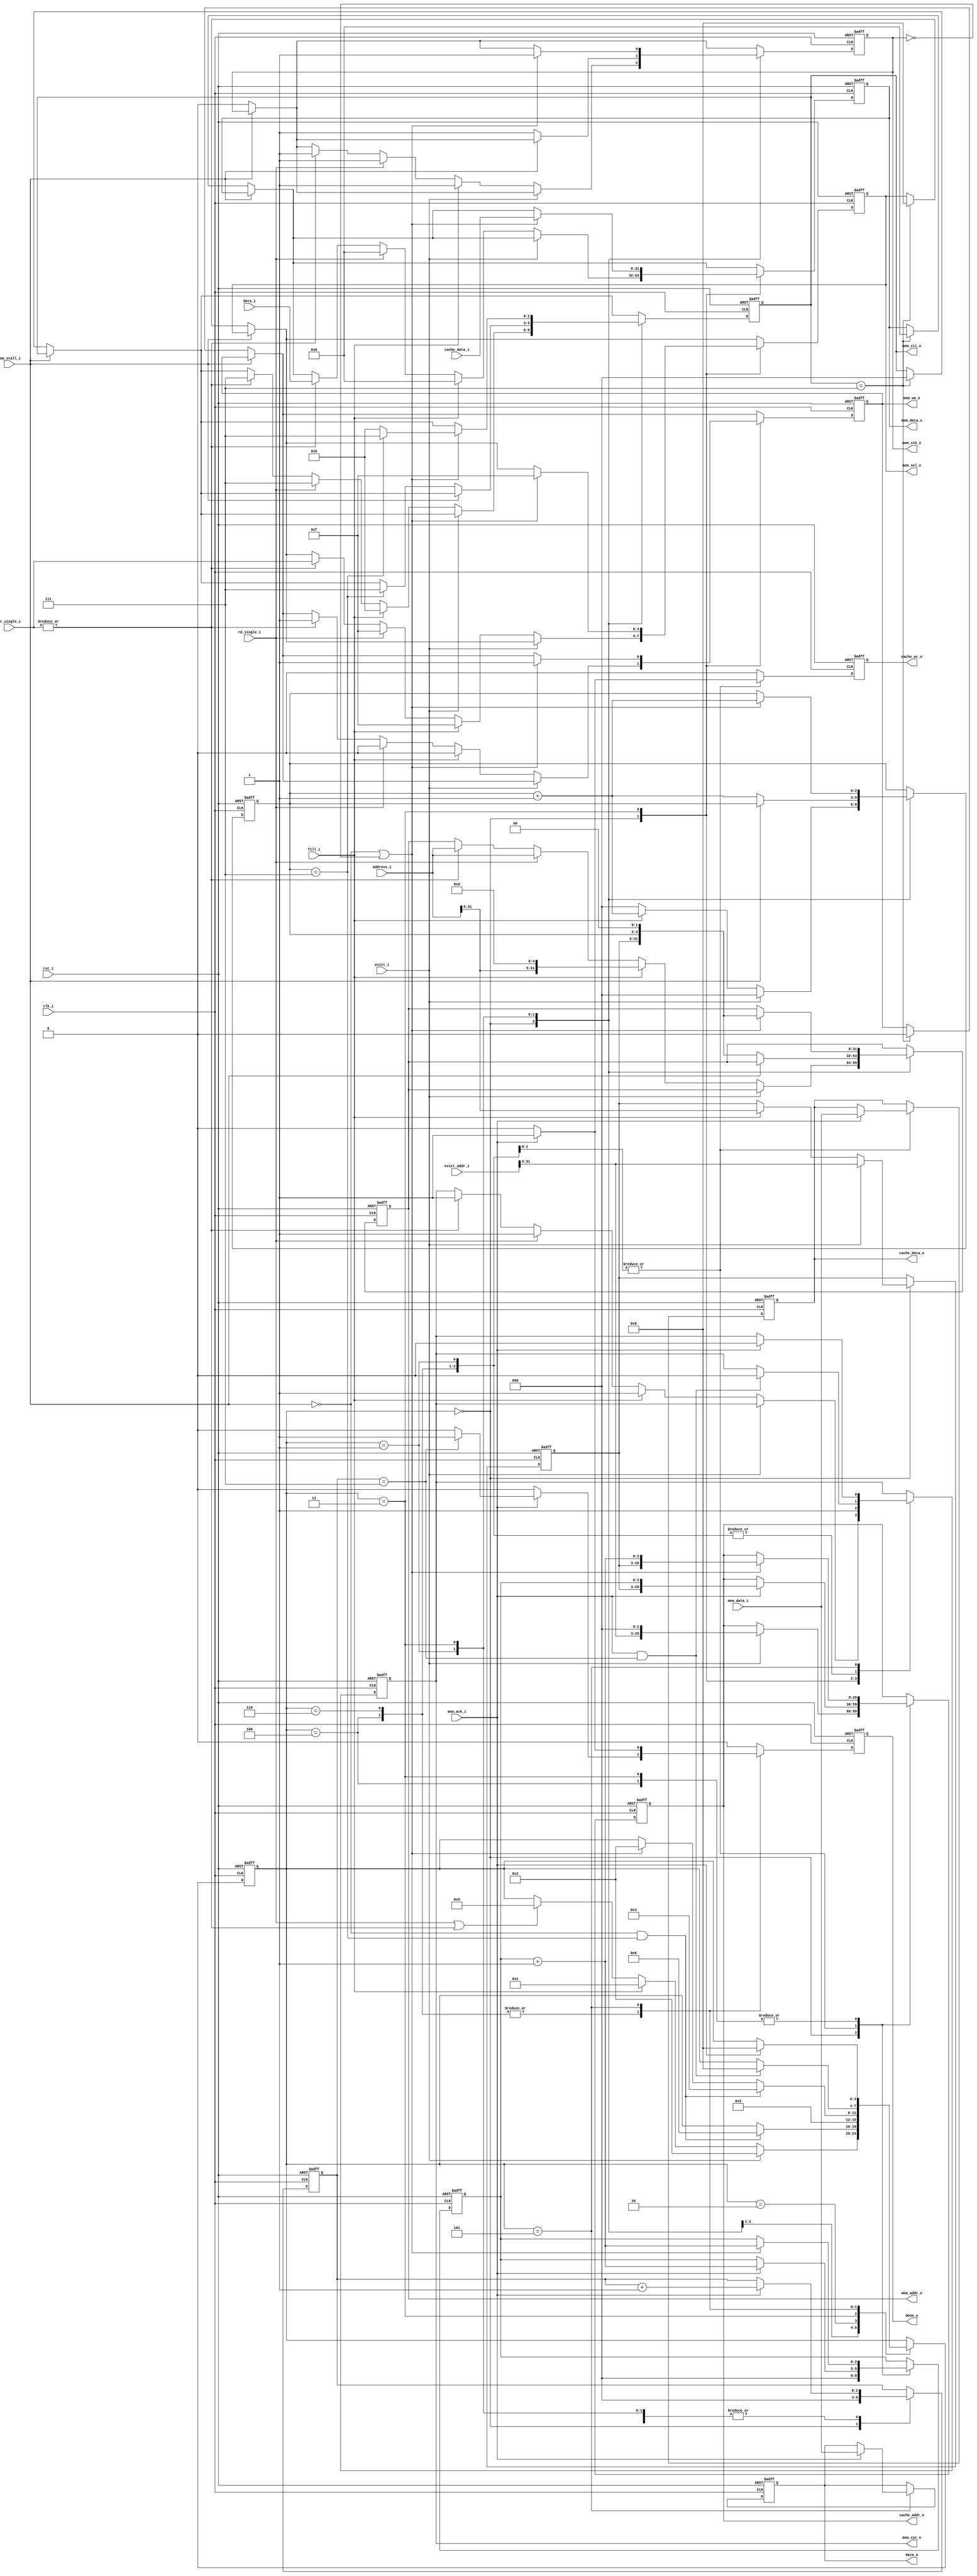
//-----------------------------------------------------------------
//                           AltOR32 
//                Alternative Lightweight OpenRisc 
//                            V2.1
//                     Ultra-Embedded.com
//                   Copyright 2011 - 2014
//
//
//                       License: LGPL
//-----------------------------------------------------------------
//
// Copyright (C) 2011 - 2014 Ultra-Embedded.com
//
// This source file may be used and distributed without         
// restriction provided that this copyright statement is not    
// removed from the file and that any derivative work contains  
// the original copyright notice and the associated disclaimer. 
//
// This source file is free software; you can redistribute it   
// and/or modify it under the terms of the GNU Lesser General   
// Public License as published by the Free Software Foundation; 
// either version 2.1 of the License, or (at your option) any   
// later version.
//
// This source is distributed in the hope that it will be       
// useful, but WITHOUT ANY WARRANTY; without even the implied   
// warranty of MERCHANTABILITY or FITNESS FOR A PARTICULAR      
// PURPOSE.  See the GNU Lesser General Public License for more 
// details.
//
// You should have received a copy of the GNU Lesser General    
// Public License along with this source; if not, write to the 
// Free Software Foundation, Inc., 59 Temple Place, Suite 330, 
// Boston, MA  02111-1307  USA
//-----------------------------------------------------------------

//-----------------------------------------------------------------
// Module - Data Cache Memory Interface
//-----------------------------------------------------------------
module altor32_dcache_mem_if
( 
    input               clk_i /*verilator public*/, 
    input               rst_i /*verilator public*/, 
    
    // Cache interface
    input [31:0]        address_i /*verilator public*/,
    input [31:0]        data_i /*verilator public*/,
    output reg [31:0]   data_o /*verilator public*/,
    input               fill_i /*verilator public*/,
    input               evict_i /*verilator public*/,
    input  [31:0]       evict_addr_i /*verilator public*/,
    input               rd_single_i /*verilator public*/,
    input [3:0]         wr_single_i /*verilator public*/,
    output reg          done_o /*verilator public*/,

    // Cache memory (fill/evict)
    output reg [31:2]   cache_addr_o /*verilator public*/,
    output reg [31:0]   cache_data_o /*verilator public*/,
    input      [31:0]   cache_data_i /*verilator public*/,
    output reg          cache_wr_o /*verilator public*/,
    
    // Memory interface (slave)
    output reg [31:0]   mem_addr_o /*verilator public*/,
    input [31:0]        mem_data_i /*verilator public*/,
    output reg [31:0]   mem_data_o /*verilator public*/,
    output reg [2:0]    mem_cti_o /*verilator public*/,
    output reg          mem_cyc_o /*verilator public*/,
    output reg          mem_stb_o /*verilator public*/,
    output reg          mem_we_o /*verilator public*/,
    output reg [3:0]    mem_sel_o /*verilator public*/,
    input               mem_stall_i/*verilator public*/,
    input               mem_ack_i/*verilator public*/ 
);

//-----------------------------------------------------------------
// Params
//-----------------------------------------------------------------
parameter CACHE_LINE_SIZE_WIDTH     = 5;                         /* 5-bits -> 32 entries */
parameter CACHE_LINE_WORDS_IDX_MAX  = CACHE_LINE_SIZE_WIDTH - 2; /* 3-bit -> 8 words */

//-----------------------------------------------------------------
// Registers / Wires
//-----------------------------------------------------------------

reg [31:CACHE_LINE_SIZE_WIDTH]  line_address;

reg [CACHE_LINE_WORDS_IDX_MAX-1:0] response_idx;

reg [CACHE_LINE_WORDS_IDX_MAX-1:0]  request_idx;
wire [CACHE_LINE_WORDS_IDX_MAX-1:0] next_request_idx = request_idx + 1'b1;

reg [CACHE_LINE_WORDS_IDX_MAX-1:0]  cache_idx;
wire [CACHE_LINE_WORDS_IDX_MAX-1:0] next_cache_idx = cache_idx + 1'b1;


// Current state
parameter STATE_IDLE        = 0;
parameter STATE_FETCH       = 1;
parameter STATE_WRITE_SETUP = 2;
parameter STATE_WRITE       = 3;
parameter STATE_WRITE_WAIT  = 4;
parameter STATE_MEM_SINGLE  = 5;
parameter STATE_FETCH_WAIT  = 6;

reg [3:0] state;

//-----------------------------------------------------------------
// Next State Logic
//-----------------------------------------------------------------
reg [3:0] next_state_r;
always @ *
begin
    next_state_r = state;

    case (state)
    //-----------------------------------------
    // IDLE
    //-----------------------------------------
    STATE_IDLE :
    begin
        // Perform cache evict (write)     
        if (evict_i)
            next_state_r    = STATE_WRITE_SETUP;
        // Perform cache fill (read)
        else if (fill_i)
            next_state_r    = STATE_FETCH;
        // Read/Write single
        else if (rd_single_i | (|wr_single_i))
            next_state_r    = STATE_MEM_SINGLE;
    end
    //-----------------------------------------
    // FETCH - Fetch line from memory
    //-----------------------------------------
    STATE_FETCH :
    begin
        // Line fetch complete?
        if (~mem_stall_i && request_idx == {CACHE_LINE_WORDS_IDX_MAX{1'b1}})
            next_state_r    = STATE_FETCH_WAIT;
    end
    //-----------------------------------------
    // FETCH_WAIT - Wait for read responses
    //-----------------------------------------
    STATE_FETCH_WAIT:
    begin
        // Read from memory complete
        if (mem_ack_i && response_idx == {CACHE_LINE_WORDS_IDX_MAX{1'b1}})
            next_state_r = STATE_IDLE;
    end  
    //-----------------------------------------
    // WRITE_SETUP - Wait for data from cache
    //-----------------------------------------
    STATE_WRITE_SETUP :
        next_state_r    = STATE_WRITE;
    //-----------------------------------------
    // WRITE - Write word to memory
    //-----------------------------------------
    STATE_WRITE :
    begin
        // Line write complete?
        if (~mem_stall_i && request_idx == {CACHE_LINE_WORDS_IDX_MAX{1'b1}})
            next_state_r = STATE_WRITE_WAIT;
        // Fetch next word for line
        else if (~mem_stall_i | ~mem_stb_o)
            next_state_r = STATE_WRITE_SETUP;
    end
    //-----------------------------------------
    // WRITE_WAIT - Wait for write to complete
    //-----------------------------------------
    STATE_WRITE_WAIT:
    begin
        // Write to memory complete
        if (mem_ack_i && response_idx == {CACHE_LINE_WORDS_IDX_MAX{1'b1}})
            next_state_r = STATE_IDLE;
    end            
    //-----------------------------------------
    // MEM_SINGLE - Single access to memory
    //-----------------------------------------
    STATE_MEM_SINGLE:
    begin
        // Data ready from memory?
        if (mem_ack_i)
            next_state_r  = STATE_IDLE;
    end  
    default:
        ;
   endcase
end

// Update state
always @ (posedge rst_i or posedge clk_i )
begin
   if (rst_i == 1'b1)
        state   <= STATE_IDLE;
   else
        state   <= next_state_r;
end

//-----------------------------------------------------------------
// Control logic
//-----------------------------------------------------------------
always @ (posedge rst_i or posedge clk_i )
begin
   if (rst_i == 1'b1)
   begin
        line_address    <= {32-CACHE_LINE_SIZE_WIDTH{1'b0}};
        done_o          <= 1'b0;
        data_o          <= 32'h00000000;
   end
   else
   begin
        done_o          <= 1'b0;
        
        case (state)

            //-----------------------------------------
            // IDLE
            //-----------------------------------------
            STATE_IDLE :
            begin
                // Perform cache evict (write)     
                if (evict_i)
                    line_address <= evict_addr_i[31:CACHE_LINE_SIZE_WIDTH];
                // Perform cache fill (read)
                else if (fill_i)
                    line_address <= address_i[31:CACHE_LINE_SIZE_WIDTH];
            end
            //-----------------------------------------
            // FETCH/WRITE_WAIT - Wait for oustanding responses
            //-----------------------------------------
            STATE_WRITE_WAIT,
            STATE_FETCH_WAIT:
            begin
                // Write to memory complete
                if (mem_ack_i)
                begin
                    // Line write complete?
                    if (response_idx == {CACHE_LINE_WORDS_IDX_MAX{1'b1}})
                        done_o      <= 1'b1;
                end
            end            
            //-----------------------------------------
            // MEM_SINGLE - Single access to memory
            //-----------------------------------------
            STATE_MEM_SINGLE:
            begin
                // Data ready from memory?
                if (mem_ack_i)
                begin
                    data_o      <= mem_data_i;
                    done_o      <= 1'b1;
                end
            end          
            default:
                ;
           endcase
   end
end

//-----------------------------------------------------------------
// Cache Read / Write
//-----------------------------------------------------------------
always @ (posedge rst_i or posedge clk_i )
begin
   if (rst_i == 1'b1)
   begin
        cache_addr_o    <= 30'h00000000;
        cache_data_o    <= 32'h00000000;
        cache_wr_o      <= 1'b0;

        cache_idx       <= {CACHE_LINE_WORDS_IDX_MAX{1'b0}};
   end
   else
   begin
        cache_wr_o      <= 1'b0;
        
        case (state)

            //-----------------------------------------
            // IDLE
            //-----------------------------------------
            STATE_IDLE :
            begin
                cache_idx       <= {CACHE_LINE_WORDS_IDX_MAX{1'b0}};

                // Perform cache evict (write)     
                if (evict_i)
                begin
                    // Read data from cache
                    cache_addr_o  <= {evict_addr_i[31:CACHE_LINE_SIZE_WIDTH], {CACHE_LINE_WORDS_IDX_MAX{1'b0}}};
                end
            end
            //-----------------------------------------
            // FETCH - Fetch line from memory
            //-----------------------------------------
            STATE_FETCH, 
            STATE_FETCH_WAIT:
            begin
                // Data ready from memory?
                if (mem_ack_i)
                begin
                    // Write data into cache
                    cache_addr_o    <= {line_address, cache_idx};
                    cache_data_o    <= mem_data_i;
                    cache_wr_o      <= 1'b1;

                    cache_idx       <= next_cache_idx;
                end
            end
            //-----------------------------------------
            // WRITE - Write word to memory
            //-----------------------------------------
            STATE_WRITE_SETUP:
            begin

            end
            STATE_WRITE,
            STATE_WRITE_WAIT:
            begin
                if (~mem_stall_i | ~mem_stb_o)
                begin
                    // Setup next word read from cache
                    cache_addr_o <= {line_address, next_cache_idx};
                    cache_idx    <= next_cache_idx;
                end
            end        
            default:
                ;
           endcase
   end
end

//-----------------------------------------------------------------
// Request
//-----------------------------------------------------------------
always @ (posedge rst_i or posedge clk_i )
begin
   if (rst_i == 1'b1)
   begin
        mem_addr_o      <= 32'h00000000;
        mem_data_o      <= 32'h00000000;
        mem_sel_o       <= 4'h0;
        mem_cti_o       <= 3'b0;
        mem_stb_o       <= 1'b0;
        mem_we_o        <= 1'b0;
        request_idx     <= {CACHE_LINE_WORDS_IDX_MAX{1'b0}};
   end
   else
   begin
        if (~mem_stall_i)
        begin
            mem_stb_o   <= 1'b0;

            // TMP
            if (mem_cti_o == 3'b111)
            begin
                //mem_addr_o      <= 32'h00000000;
                mem_data_o      <= 32'h00000000;
                mem_sel_o       <= 4'h0;
                mem_cti_o       <= 3'b0;
                mem_stb_o       <= 1'b0;
                mem_we_o        <= 1'b0;            
            end
        end
        
        case (state)

            //-----------------------------------------
            // IDLE
            //-----------------------------------------
            STATE_IDLE :
            begin                
                request_idx     <= {CACHE_LINE_WORDS_IDX_MAX{1'b0}};

                // Perform cache evict (write)     
                if (evict_i)
                begin

                end
                // Perform cache fill (read)
                else if (fill_i)
                begin
                    // Start fetch from memory
                    mem_addr_o   <= {address_i[31:CACHE_LINE_SIZE_WIDTH], {CACHE_LINE_SIZE_WIDTH{1'b0}}};
                    mem_data_o   <= 32'h00000000;
                    mem_sel_o    <= 4'b1111;
                    mem_cti_o    <= 3'b010;
                    mem_stb_o    <= 1'b1;
                    mem_we_o     <= 1'b0;

                    request_idx  <= next_request_idx;
                end                
                // Read single
                else if (rd_single_i)
                begin
                    // Start fetch from memory
                    mem_addr_o   <= address_i;
                    mem_data_o   <= 32'h00000000;
                    mem_sel_o    <= 4'b1111;
                    mem_cti_o    <= 3'b111;
                    mem_stb_o    <= 1'b1;
                    mem_we_o     <= 1'b0; 
                end
                // Write single
                else if (|wr_single_i)
                begin
                    // Start fetch from memory
                    mem_addr_o   <= address_i;
                    mem_data_o   <= data_i;
                    mem_sel_o    <= wr_single_i;
                    mem_cti_o    <= 3'b111;
                    mem_stb_o    <= 1'b1;
                    mem_we_o     <= 1'b1; 
                end
            end
            //-----------------------------------------
            // FETCH - Fetch line from memory
            //-----------------------------------------
            STATE_FETCH :
            begin
                // Previous request accepted?
                if (~mem_stall_i)
                begin
                    // Fetch next word for line
                    mem_addr_o <= {line_address, request_idx, 2'b00};
                    mem_stb_o  <= 1'b1;
                    
                    if (request_idx == {CACHE_LINE_WORDS_IDX_MAX{1'b1}})
                        mem_cti_o <= 3'b111;

                    request_idx <= next_request_idx;
                end
            end
            //-----------------------------------------
            // WRITE - Write word to memory
            //-----------------------------------------
            STATE_WRITE :
            begin
                // Memory interface can request command?
                if (~mem_stall_i | ~mem_stb_o)
                begin
                    // Write data into memory from cache
                    mem_addr_o   <= {line_address, request_idx, 2'b00};
                    mem_data_o   <= cache_data_i;
                    mem_sel_o    <= 4'b1111;
                    mem_stb_o    <= 1'b1;
                    mem_we_o     <= 1'b1;
                    
                    if (request_idx == {CACHE_LINE_WORDS_IDX_MAX{1'b1}})
                        mem_cti_o <= 3'b111;
                    else
                        mem_cti_o <= 3'b010;

                    request_idx <= next_request_idx;
                end                
            end         
            default:
                ;
           endcase
   end
end

//-----------------------------------------------------------------
// Memory Response Counter
//-----------------------------------------------------------------
always @ (posedge rst_i or posedge clk_i )
begin
   if (rst_i == 1'b1)
        response_idx    <= {CACHE_LINE_WORDS_IDX_MAX{1'b0}};
   else
   begin
        case (state)

            //-----------------------------------------
            // IDLE
            //-----------------------------------------
            STATE_IDLE :
            begin
                response_idx    <= {CACHE_LINE_WORDS_IDX_MAX{1'b0}};         
            end
            //-----------------------------------------
            // FETCH - Fetch line from memory
            //-----------------------------------------
            STATE_FETCH,
            STATE_FETCH_WAIT :
            begin
                // Data ready from memory?
                if (mem_ack_i)
                    response_idx <= response_idx + 1'b1;
            end
            //-----------------------------------------
            // WRITE_WAIT - Wait for write to complete
            //-----------------------------------------
            STATE_WRITE,
            STATE_WRITE_SETUP,
            STATE_WRITE_WAIT:
            begin
                // Write to memory complete
                if (mem_ack_i)
                    response_idx <= response_idx + 1'b1;
            end
            default:
                ;
           endcase
   end
end

//-----------------------------------------------------------------
// CYC_O
//-----------------------------------------------------------------
always @ (posedge rst_i or posedge clk_i )
begin
   if (rst_i == 1'b1)
        mem_cyc_o       <= 1'b0;
   else
   begin
        case (state)

            //-----------------------------------------
            // IDLE
            //-----------------------------------------
            STATE_IDLE :
            begin
                // Perform cache evict (write)     
                if (evict_i)
                begin

                end
                // Perform cache fill (read)
                else if (fill_i)
                    mem_cyc_o    <= 1'b1;
                // Read single
                else if (rd_single_i)
                    mem_cyc_o    <= 1'b1;
                // Write single
                else if (|wr_single_i)
                    mem_cyc_o    <= 1'b1;
            end
            //-----------------------------------------
            // FETCH - Fetch line from memory
            //-----------------------------------------
            STATE_FETCH :
            begin
                // Data ready from memory?
                if (mem_ack_i && response_idx == {CACHE_LINE_WORDS_IDX_MAX{1'b1}})
                    mem_cyc_o   <= 1'b0;
            end
            //-----------------------------------------
            // WRITE - Write word to memory
            //-----------------------------------------
            STATE_WRITE :
            begin
                // Write data into memory from cache
                mem_cyc_o    <= 1'b1;
            end            
            //-----------------------------------------
            // FETCH/WRITE_WAIT - Wait for responses
            //-----------------------------------------
            STATE_WRITE_WAIT,
            STATE_FETCH_WAIT:
            begin
                // Write to memory complete
                if (mem_ack_i && response_idx == {CACHE_LINE_WORDS_IDX_MAX{1'b1}})
                    mem_cyc_o   <= 1'b0;
            end            
            //-----------------------------------------
            // MEM_SINGLE - Single access to memory
            //-----------------------------------------
            STATE_MEM_SINGLE:
            begin
                // Data ready from memory?
                if (mem_ack_i)
                    mem_cyc_o   <= 1'b0;
            end        
            default:
                ;
           endcase
   end
end

endmodule